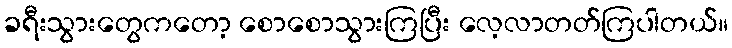
ခရီးသွားတွေကတော့ စောစောသွားကြပြီး လေ့လာတတ်ကြပါတယ်။